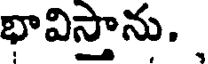
భావిస్తాను.